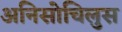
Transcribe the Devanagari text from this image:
अनिसोचिलुस